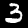
Digit: 3